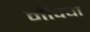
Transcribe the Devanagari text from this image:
मीपचा